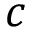
c